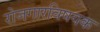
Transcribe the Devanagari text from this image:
रोजगारविषयक